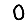
Digit: 0